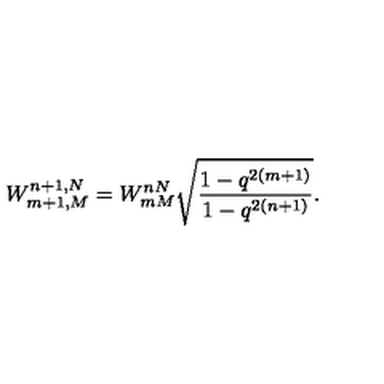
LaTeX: W _ { m + 1 , M } ^ { n + 1 , N } = W _ { m M } ^ { n N } \sqrt { \frac { 1 - q ^ { 2 ( m + 1 ) } } { 1 - q ^ { 2 ( n + 1 ) } } } .